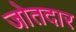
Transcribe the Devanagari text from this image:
जोतदार